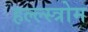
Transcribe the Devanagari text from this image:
हल्ल्स्त्रोम